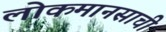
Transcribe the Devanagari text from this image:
लोकमानसाची